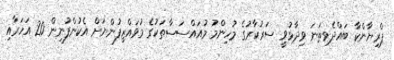
ޕްރިޔާންކާ ބައްދެވިތަނަ ވިދާޅުވީ ސަރުކާރުގެ މުހިންމު މުއައްސަސާތަކުގެ މުވައްޒިފުންނަށް އެކުންފުނިން 20 އަހަރާއި